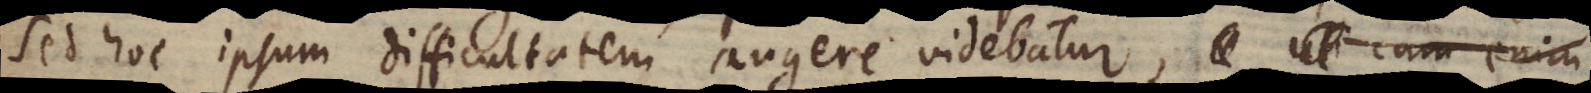
Sed hoc ipsum difficultatem augere videbatur, nam si